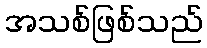
အသစ်ဖြစ်သည်